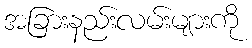
အခြားနည်းလမ်းများကို